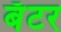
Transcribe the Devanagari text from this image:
बॅटर